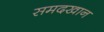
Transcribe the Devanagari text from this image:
समदखान